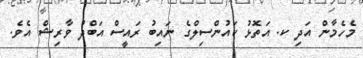
މެހެމާން އަދި ކ. އަތޮޅު ކައުންސިލްގެ ނައިބު ރައީސް އަބްދު ވާރިޝް އެވެ.